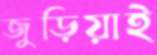
জুড়িয়াই